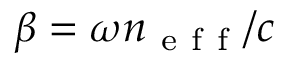
\beta = \omega n _ { \mathrm { ~ e ~ f ~ f ~ } } / c